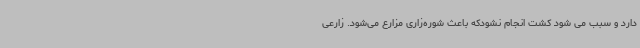
دارد و سبب می شود کشت انجام نشودکه باعث شوره‌زاری مزارع می‌شود. زارعی